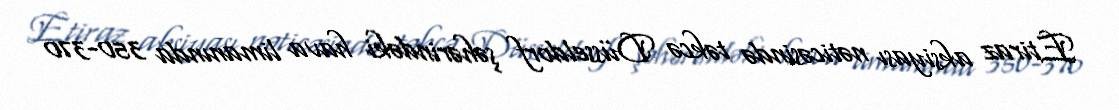
Etiraz aksiyası nəticəsində təkcə Düsseldorf şəhərindəki hava limanında 350-370